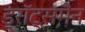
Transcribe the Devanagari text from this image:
ड्रॉट्समैन